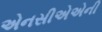
એનસીએએની